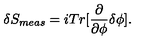
\delta S _ { m e a s } = i T r [ \frac { \partial } { \partial \phi } \delta \phi ] .